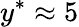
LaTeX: y^{*}\approx 5